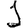
Digit: 1